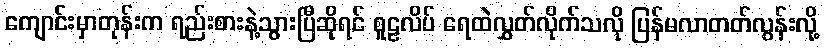
ကျောင်းမှာတုန်းက ရည်းစားနဲ့သွားပြီဆိုရင် စူဠလိပ် ရေထဲလွှတ်လိုက်သလို ပြန်မလာတတ်လွန်းလို့